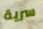
سرية